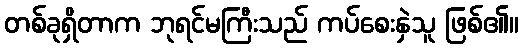
တစ်ခုရှိတာက ဘုရင်မကြီးသည် ကပ်စေးနှဲသူ ဖြစ်၏။